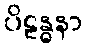
ပိဠန္ဓနာ